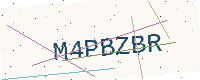
Text: M4PBZBR